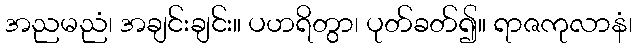
အညမညံ၊ အချင်းချင်း။ ပဟရိတွာ၊ ပုတ်ခတ်၍။ ရာဇကုလာနံ၊